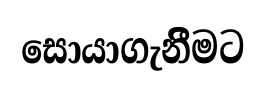
සොයාගැනිීමට